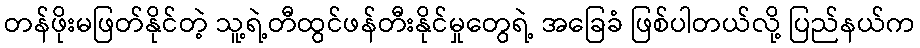
တန်ဖိုးမဖြတ်နိုင်တဲ့ သူ့ရဲ့တီထွင်ဖန်တီးနိုင်မှုတွေရဲ့ အခြေခံ ဖြစ်ပါတယ်လို့ ပြည်နယ်က